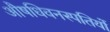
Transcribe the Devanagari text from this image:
औषधिवनस्पतियों